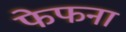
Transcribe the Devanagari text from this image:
फेफना